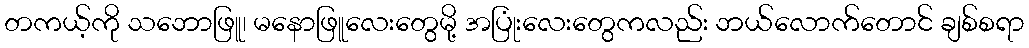
တကယ့်ကို သဘောဖြူ၊ မနောဖြူလေးတွေမို့ အပြုံးလေးတွေကလည်း ဘယ်လောက်တောင် ချစ်စရာ